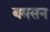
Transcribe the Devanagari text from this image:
बमसन